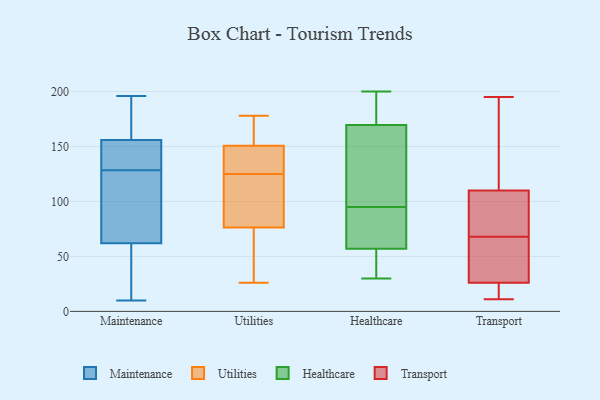
{"axis": {"x": "Gross Profit (USD K)", "y": "Value"}, "legend": ["Healthcare", "Maintenance", "Transport", "Utilities"], "data": [{"x": "", "y": 44, "type": "Maintenance"}, {"x": "", "y": 77, "type": "Maintenance"}, {"x": "", "y": 185, "type": "Maintenance"}, {"x": "", "y": 121, "type": "Maintenance"}, {"x": "", "y": 196, "type": "Maintenance"}, {"x": "", "y": 164, "type": "Maintenance"}, {"x": "", "y": 50, "type": "Maintenance"}, {"x": "", "y": 153, "type": "Maintenance"}, {"x": "", "y": 10, "type": "Maintenance"}, {"x": "", "y": 83, "type": "Maintenance"}, {"x": "", "y": 159, "type": "Maintenance"}, {"x": "", "y": 74, "type": "Maintenance"}, {"x": "", "y": 138, "type": "Maintenance"}, {"x": "", "y": 136, "type": "Maintenance"}, {"x": "", "y": 30, "type": "Maintenance"}, {"x": "", "y": 141, "type": "Maintenance"}, {"x": "", "y": 26, "type": "Utilities"}, {"x": "", "y": 88, "type": "Utilities"}, {"x": "", "y": 45, "type": "Utilities"}, {"x": "", "y": 151, "type": "Utilities"}, {"x": "", "y": 114, "type": "Utilities"}, {"x": "", "y": 143, "type": "Utilities"}, {"x": "", "y": 50, "type": "Utilities"}, {"x": "", "y": 75, "type": "Utilities"}, {"x": "", "y": 144, "type": "Utilities"}, {"x": "", "y": 176, "type": "Utilities"}, {"x": "", "y": 150, "type": "Utilities"}, {"x": "", "y": 173, "type": "Utilities"}, {"x": "", "y": 81, "type": "Utilities"}, {"x": "", "y": 139, "type": "Utilities"}, {"x": "", "y": 125, "type": "Utilities"}, {"x": "", "y": 174, "type": "Utilities"}, {"x": "", "y": 178, "type": "Utilities"}, {"x": "", "y": 47, "type": "Utilities"}, {"x": "", "y": 80, "type": "Utilities"}, {"x": "", "y": 51, "type": "Healthcare"}, {"x": "", "y": 144, "type": "Healthcare"}, {"x": "", "y": 30, "type": "Healthcare"}, {"x": "", "y": 141, "type": "Healthcare"}, {"x": "", "y": 197, "type": "Healthcare"}, {"x": "", "y": 84, "type": "Healthcare"}, {"x": "", "y": 196, "type": "Healthcare"}, {"x": "", "y": 95, "type": "Healthcare"}, {"x": "", "y": 63, "type": "Healthcare"}, {"x": "", "y": 95, "type": "Healthcare"}, {"x": "", "y": 36, "type": "Healthcare"}, {"x": "", "y": 77, "type": "Healthcare"}, {"x": "", "y": 199, "type": "Healthcare"}, {"x": "", "y": 35, "type": "Healthcare"}, {"x": "", "y": 195, "type": "Healthcare"}, {"x": "", "y": 200, "type": "Healthcare"}, {"x": "", "y": 104, "type": "Healthcare"}, {"x": "", "y": 108, "type": "Healthcare"}, {"x": "", "y": 89, "type": "Healthcare"}, {"x": "", "y": 43, "type": "Healthcare"}, {"x": "", "y": 26, "type": "Transport"}, {"x": "", "y": 195, "type": "Transport"}, {"x": "", "y": 144, "type": "Transport"}, {"x": "", "y": 109, "type": "Transport"}, {"x": "", "y": 173, "type": "Transport"}, {"x": "", "y": 22, "type": "Transport"}, {"x": "", "y": 31, "type": "Transport"}, {"x": "", "y": 99, "type": "Transport"}, {"x": "", "y": 62, "type": "Transport"}, {"x": "", "y": 50, "type": "Transport"}, {"x": "", "y": 64, "type": "Transport"}, {"x": "", "y": 25, "type": "Transport"}, {"x": "", "y": 20, "type": "Transport"}, {"x": "", "y": 100, "type": "Transport"}, {"x": "", "y": 11, "type": "Transport"}, {"x": "", "y": 126, "type": "Transport"}, {"x": "", "y": 72, "type": "Transport"}, {"x": "", "y": 110, "type": "Transport"}]}